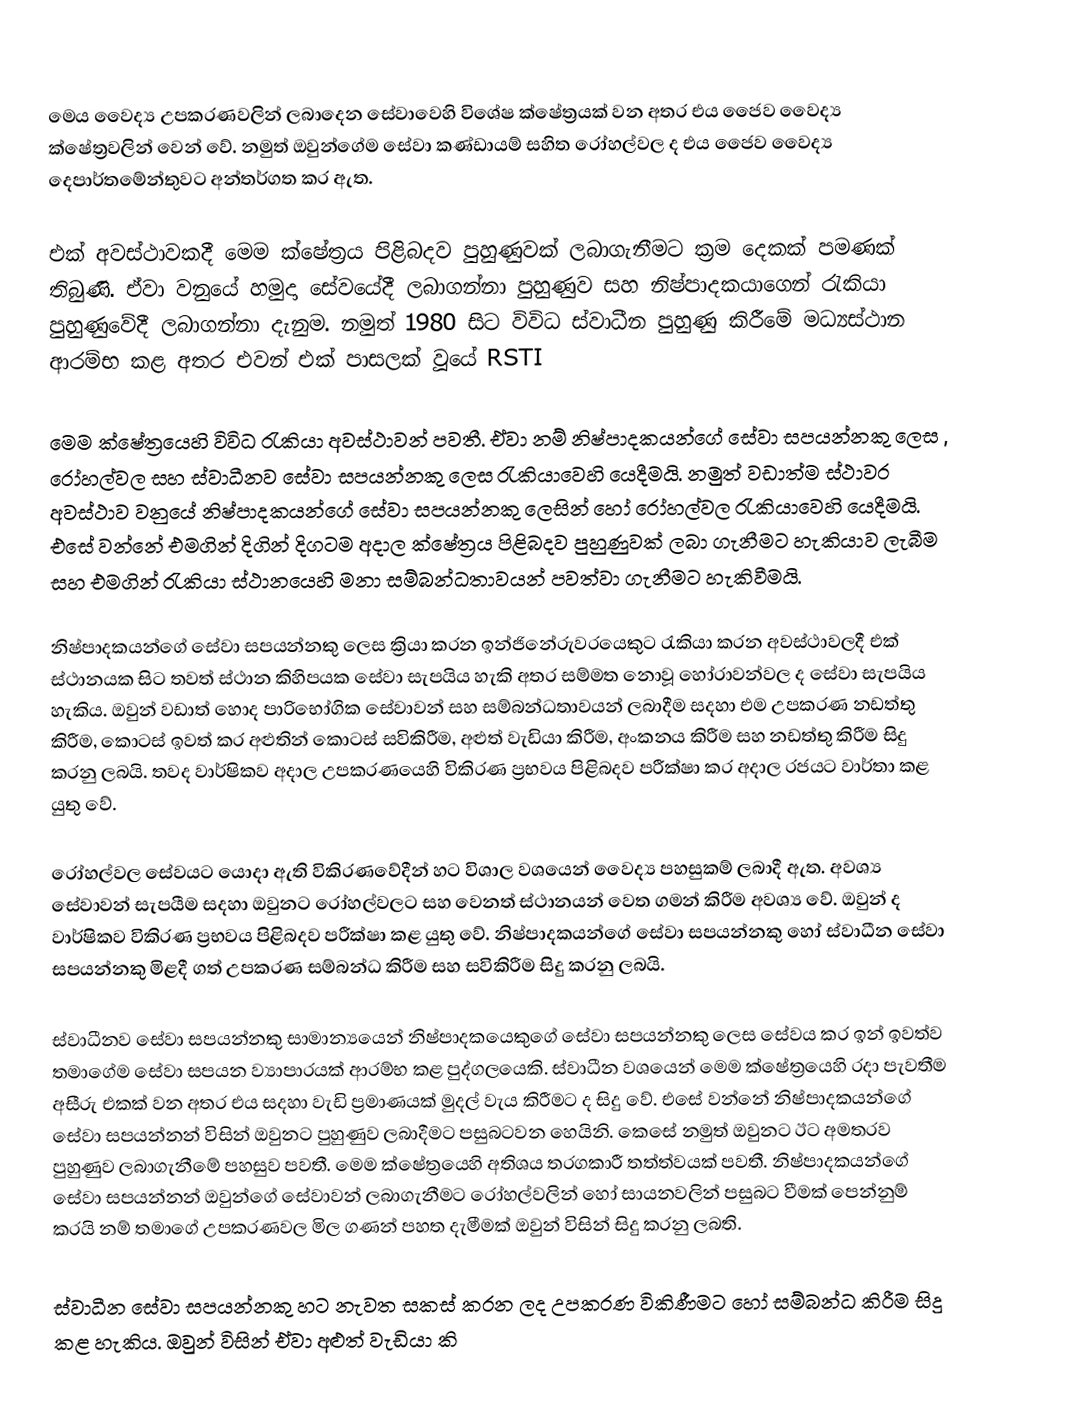
මෙය වෛද්‍ය උපකරණවලින් ලබාදෙන සේවාවෙහි විශේෂ ක්ෂේත්‍රයක් වන අතර එය ජෛව වෛද්‍ය ක්ෂේත්‍රවලින් වෙන් වේ. නමුත් ඔවුන්ගේම සේවා කණ්ඩායම් සහිත රෝහල්වල ද එය ජෛව වෛද්‍ය දෙපාර්තමේන්තුවට අන්තර්ගත කර ඇත.

එක් අවස්ථාවකදී මෙම ක්ෂේත්‍රය පිළිබදව පුහුණුවක් ලබාගැනීමට ක්‍රම දෙකක් පමණක් තිබුණි. ඒවා වනුයේ හමුදා සේවයේදී ලබාගන්නා පුහුණුව සහ නිෂ්පාදකයාගෙන් රැකියා පුහුණුවේදී ලබාගන්නා දැනුම. නමුත් 1980  සිට විවිධ ස්වාධීන පුහුණු කිරීමේ මධ්‍යස්ථාන ආරම්භ කළ අතර එවන් එක් පාසලක් වූයේ RSTI

මෙම ක්ෂේත්‍රයෙහි විවිධ රැකියා අවස්ථාවන් පවතී. ඒවා නම් නිෂ්පාදකයන්ගේ සේවා සපයන්නකු ලෙස , රෝහල්වල සහ ස්වාධීනව සේවා සපයන්නකු ලෙස රැකියාවෙහි යෙදීමයි. නමුත් වඩාත්ම ස්ථාවර අවස්ථාව වනුයේ නිෂ්පාදකයන්ගේ සේවා සපයන්නකු ලෙසින් හෝ රෝහල්වල රැකියාවෙහි යෙදීමයි. එසේ වන්නේ එමගින් දිගින් දිගටම අදාල ක්ෂේත්‍රය පිළිබදව පුහුණුවක් ලබා ගැනීමට හැකියාව ලැබීම සහ එමගින් රැකියා ස්ථානයෙහි මනා සම්බන්ධතාවයන් පවත්වා ගැනීමට හැකිවීමයි.

නිෂ්පාදකයන්ගේ සේවා සපයන්නකු ලෙස ක්‍රියා කරන ඉන්ජිනේරුවරයෙකුට රැකියා කරන අවස්ථාවලදී එක් ස්ථානයක සිට තවත් ස්ථාන කිහිපයක සේවා සැපයිය හැකි අතර සම්මත නොවූ හෝරාවන්වල ද සේවා සැපයිය හැකිය. ඔවුන් වඩාත් හොද පාරිභෝගික සේවාවන් සහ සම්බන්ධතාවයන් ලබාදීම සදහා එම උපකරණ නඩත්තු කිරීම, කොටස් ඉවත් කර අළුතින් කොටස් සවිකිරීම, අළුත් වැඩියා කිරීම, අංකනය කිරීම සහ නඩත්තු කිරීම සිදු කරනු ලබයි. තවද වාර්ෂිකව අදාල උපකරණයෙහි විකිරණ ප්‍රභවය පිළිබදව පරීක්ෂා කර අදාල රජයට වාර්තා කළ යුතු වේ.

රෝහල්වල සේවයට යොදා ඇති විකිරණවේදීන් හට විශාල වශයෙන් වෛද්‍ය පහසුකම් ලබාදී ඇත. අවශ්‍ය සේවාවන් සැපයීම සදහා ඔවුනට රෝහල්වලට සහ වෙනත් ස්ථානයන් වෙත ගමන් කිරීම අවශ්‍ය වේ. ඔවුන් ද වාර්ෂිකව විකිරණ ප්‍රභවය පිළිබදව පරීක්ෂා කළ යුතු වේ. නිෂ්පාදකයන්ගේ සේවා සපයන්නකු හෝ ස්වාධීන සේවා සපයන්නකු මිළදී ගත් උපකරණ සම්බන්ධ කිරීම සහ සවිකිරීම සිදු කරනු ලබයි.

ස්වාධීනව සේවා සපයන්නකු සාමාන්‍යයෙන් නිෂ්පාදකයෙකුගේ සේවා සපයන්නකු ලෙස සේවය කර ඉන් ඉවත්ව තමාගේම සේවා සපයන ව්‍යාපාරයක් ආරම්භ කළ පුද්ගලයෙකි. ස්වාධීන වශයෙන් මෙම ක්ෂේත්‍රයෙහි රදා පැවතීම අසීරු එකක් වන අතර එය සදහා වැඩි ප්‍රමාණයක් මුදල් වැය කිරීමට ද සිදු වේ. එසේ වන්නේ නිෂ්පාදකයන්ගේ සේවා සපයන්නන් විසින් ඔවුනට පුහුණුව ලබාදීමට පසුබටවන හෙයිනි. කෙසේ නමුත් ඔවුනට ඊට අමතරව පුහුණුව ලබාගැනීමේ පහසුව පවතී. මෙම ක්ෂේත්‍රයෙහි අතිශය තරගකාරී තත්ත්වයක් පවතී. නිෂ්පාදකයන්ගේ සේවා සපයන්නන් ඔවුන්ගේ සේවාවන් ලබාගැනීමට රෝහල්වලින් හෝ සායනවලින් පසුබට වීමක් පෙන්නුම් කරයි නම් තමාගේ උපකරණවල මිල ගණන් පහත දැමීමක් ඔවුන් විසින් සිදු කරනු ලබති.

ස්වාධීන සේවා සපයන්නකු හට නැවත සකස් කරන ලද උපකරණ විකිණීමට හෝ සම්බන්ධ කිරීම සිදු කළ හැකිය. ඔවුන් විසින් ඒවා අළුත් වැඩියා කි